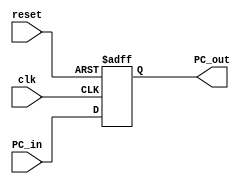
`timescale 1ns / 1ps

module PC(
  input clk, reset, 
  input [15:0] PC_in,
  output reg [15:0] PC_out
  );
	
	// Behavioral section for writing to the register 
always @ ( posedge clk or posedge reset ) begin
	if (reset) 
		PC_out <= 16'b0; 
	else 
		PC_out <= PC_in; 
end	

endmodule